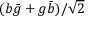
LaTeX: ( b { \bar { g } } + g { \bar { b } } ) / { \sqrt { 2 } }